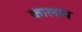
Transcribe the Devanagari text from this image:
कालाप